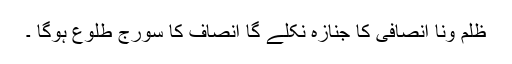
ظلم ونا انصافی کا جنازہ نکلے گا انصاف کا سورج طلوع ہوگا ۔